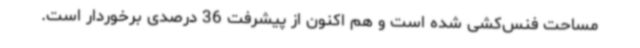
مساحت فنس‌کشی شده است و هم اکنون از پیشرفت 36 درصدی برخوردار است.